Mental hospitals Bombay report 1929-33 - 1929-1933
Year: 1929
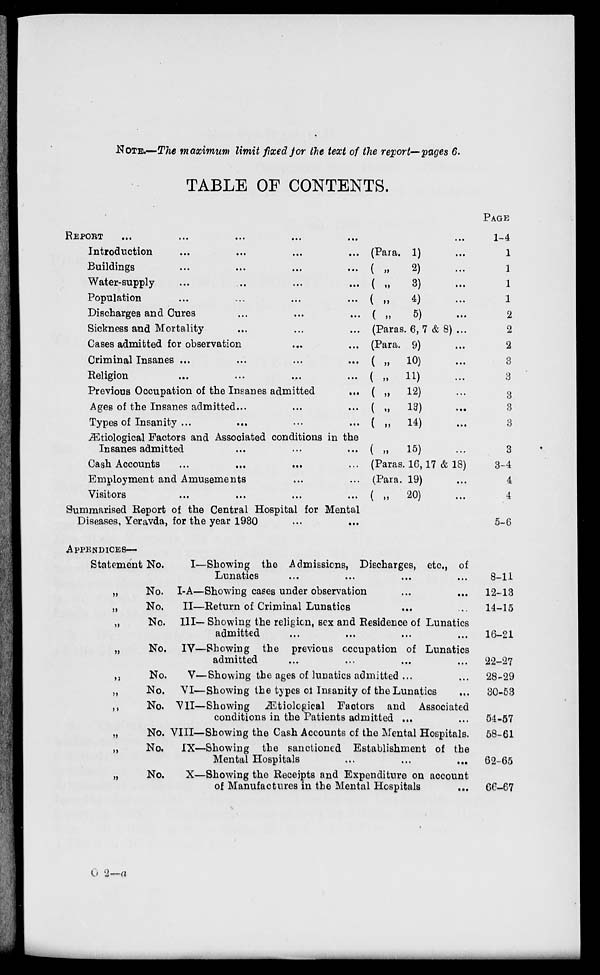
NOTE.—The maximum limit fixed for the text of the report—pages 6.
TABLE OF CONTENTS.
REPORT ... ... ... ... ...
Introduction
...
...
...
...
Buildings
...
...
...
...
Water-supply ... ... ... ...
Population ... ... ... ...
Discharges and Cures ... ... ...
Sickness and Mortality ... ... ...
Cases admitted for observation ... ...
Criminal Insanes ... ... ... ...
Religion ... ... ... ...
Previous Occupation of the Insanes admitted ...
Ages of the Insanes admitted ... ... ...
Types of Insanity ... ... ... ...
Ætiological Factors and Associated conditions in the
Insanes admitted
...
...
...
Cash Accounts
...
...
...
Employment and Amusements
Visitors ... ... ... ...
Summarised Report of the Central Hospital for Mental
Diseases, Yeravda, for the year 1930 ... ...
...
(Para. 1)
(„
2) ...
(„
3)
...
(„ 4)
(„
5) ...
(Paras. 6, 7 & 8) ...
(Para. 9)
( „
10)
(„ 11)
( „
12) ...
(
„
13)
...
( „
14) ...
( „
15) ...
(Paras. 16,17 & 18)
(Para. 19)
( „
20) ...
Page
1-4
1
1
1
1
2
2
2
3
3
3
3
3
3
3-4
4
4
5-6
APPENDICES—
Statement No.
„ No.
„ No.
„ No.
„
No.
„
No.
„ No.
„
No.
„ No.
„
No.
„
No.
I––
I-A––
II––
III––
IV––
V––
VI––
VII––
VIII––
IX––
X––
Showing the Admissions, Discharges, etc., of
Lunatics ... ... ... ...
Showing cases under observation ... ...
Return of Criminal Lunatics ... ...
Showing the religion, sex and Residence of Lunatics
admitted ... ... ... ...
Showing the previous occupation of Lunatics
admitted ... ... ... ...
Showing the ages of lunatics admitted ... ...
Showing the types of Insanity of the Lunatics ...
Showing Ætiological Factors and Associated
conditions in the Patients admitted ... ...
Showing the Cash Accounts of the Mental Hospitals.
Showing the sanctioned Establishment of the
Mental Hospitals ... ... ...
Showing the Receipts and Expenditure on account
of Manufactures in the Mental Hospitals ...
8-11
12-13
14-15
16-21
22-27
28-29
30-53
54-57
58-61
62-65
66-67
O 2—a